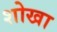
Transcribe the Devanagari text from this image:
शोखा